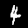
Digit: 4